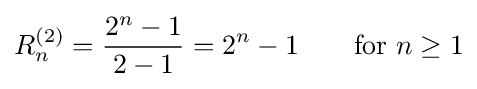
R_{n}^{(2)}={2^{n}-1 \over {2-1}}={2^{n}-1}\qquad {\mbox{for }}n\geq 1